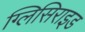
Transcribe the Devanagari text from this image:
ग्लिसिराइड